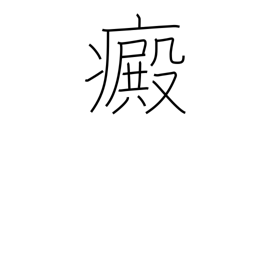
Meaning: leucoderma